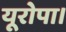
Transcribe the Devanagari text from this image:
यूरोपा।